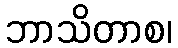
ဘာသိတာစ၊